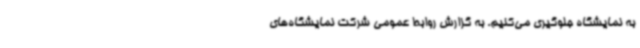
به نمایشگاه جلوگیری می‌کنیم. به گزارش روابط عمومی شرکت نمایشگاه‌های